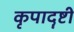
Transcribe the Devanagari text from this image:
कृपादॄष्टी